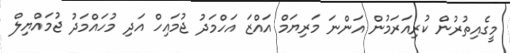
މީގެއިތުރުން ކުރިއަރަމުން އަންނަ މަރިޔަމް އައްޒަ އަހްމަދު ޖުމައިހް އަދި މުހައްމަދު ޖުމައްޔިލް